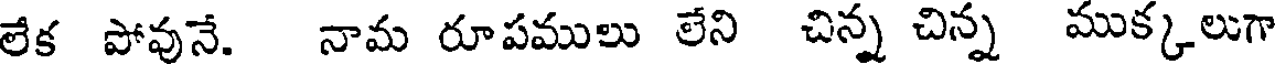
లేక పోవునే. నామ రూపములు లేని చిన్న చిన్న ముక్కలుగా